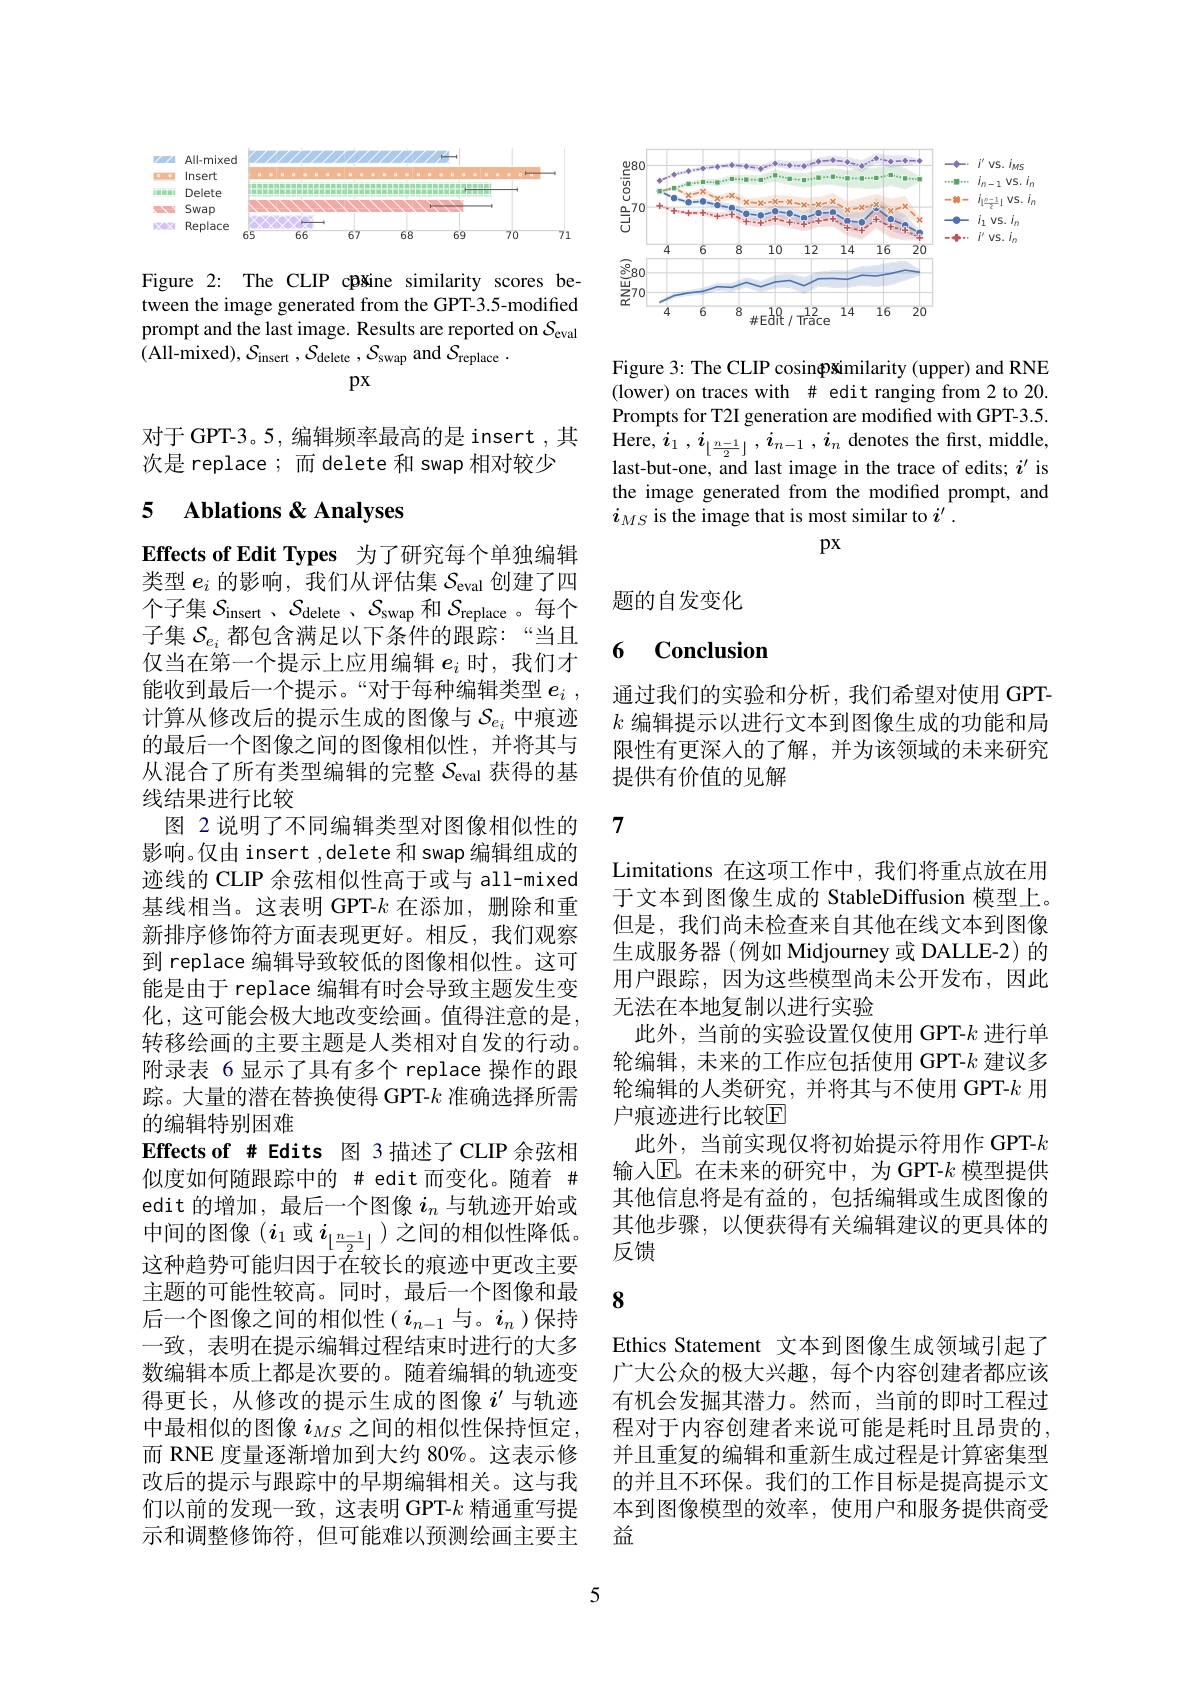
<FigureHere>

Figure 2: The CLIP cpšine similarity scores between the image generated from the GPT-3.5-modified prompt and the last image. Results are reported on $\mathcal{S}_\mathrm{eval}$ (All-mixed),$S_\mathrm{insert},S_\mathrm{delete},\mathcal{S}_\mathrm{swap}$ and $S_\mathrm{replace}.$
$px$

对于 GPT-3。5, 编辑频率最高的是 insert ,其
次是 replace; 而 delete 和 swap 相对较少

# 5 Ablations & Analyses

Effects of Edit Types 为了研究每个单独编辑类型$e_i$的影响，我们从评估集$\mathcal{S}_\mathrm{eval}$创建了四个子集$S_\mathrm{insert}$ $, S_\mathrm{delete}$ $, S_\mathrm{swap}$和$S_\mathrm{replace}$ 。每个子集$\mathcal{S}_{e_i}$都包含满足以下条件的跟踪：“当且仅当在第一个提示上应用编辑$e_i$时，我们才能收到最后一个提示。“对于每种编辑类型$e_i$ , 计算从修改后的提示生成的图像与$\mathcal{S}_{e_i}$中痕迹的最后一个图像之间的图像相似性，并将其与从混合了所有类型编辑的完整$S_\mathrm{eval}$获得的基线结果进行比较
图 2 说明了不同编辑类型对图像相似性的影响。仅由 insert , delete 和 swap 编辑组成的迹线的 CLIP 余弦相似性高于或与 all-mixed 基线相当。这表明 GPT-$k$在添加，删除和重新排序修饰符方面表现更好。相反，我们观察到 replace 编辑导致较低的图像相似性。这可能是由于 replace 编辑有时会导致主题发生变化，这可能会极大地改变绘画。值得注意的是， 转移绘画的主要主题是人类相对自发的行动。附录表 6 显示了具有多个 replace 操作的跟踪。大量的潜在替换使得 GPT-$k$准确选择所需的编辑特别困难
Effects of # Edits 图 3 描述了CLIP 余弦相似度如何随跟踪中的 # edit 而变化。随着 # edit 的增加，最后一个图像$i_{n}$与轨迹开始或中间的图像$(i_1$或$i_{\lfloor\frac{n-1}2\rfloor})$之间的相似性降低。这种趋势可能归因于在较长的痕迹中更改主要主题的可能性较高。同时，最后一个图像和最后一个图像之间的相似性($i_{n-1}$与。$i_n$)保持一致，表明在提示编辑过程结束时进行的大多数编辑本质上都是次要的。随着编辑的轨迹变得更长，从修改的提示生成的图像$i^{\prime}$与轨迹中最相似的图像$i_{MS}$之间的相似性保持恒定， 而 RNE 度量逐渐增加到大约 80%。这表示修改后的提示与跟踪中的早期编辑相关。这与我们以前的发现一致，这表明 GPT-$k$精通重写提示和调整修饰符，但可能难以预测绘画主要主

5

<FigureHere>

Figure 3: The CLIP cosin$\Phi$similarity (upper) and RNE (lower) on traces with # edit ranging from 2 to 20. Prompts for T2I generation are modified with GPT-3.5. Here, $i_{1}$ , $i_{[ \frac {n- 1}2] }$ , $i_{n- 1}$ , $i_{n}$ denotes the first, middle, last-but-one, and last image in the trace of edits; $i^\prime$ is the image generated from the modified prompt, and $i_{MS}$ is the image that is most similar to $i^\prime.$

$px$

题的自发变化

# 6 Conclusion

通过我们的实验和分析，我们希望对使用 GPT- $k$编辑提示以进行文本到图像生成的功能和局限性有更深入的了解，并为该领域的未来研究提供有价值的见解

7

Limitations 在这项工作中，我们将重点放在用于文本到图像生成的 StableDiffusion 模型上。但是，我们尚未检查来自其他在线文本到图像生成服务器(例如 Midjourney 或 DALLE-2)的用户跟踪，因为这些模型尚未公开发布，因此无法在本地复制以进行实验
此外，当前的实验设置仅使用 GPT-$k$进行单轮编辑，未来的工作应包括使用 GPT-$k$建议多轮编辑的人类研究，并将其与不使用 GPT-$k$用户痕迹进行比较$\mathbb{E}$
此外，当前实现仅将初始提示符用作 GPT-$k$ 输入$\mathbb{E}$。在未来的研究中，为 GPT-$k$ 模型提供其他信息将是有益的，包括编辑或生成图像的其他步骤，以便获得有关编辑建议的更具体的反馈

8

Ethics Statement 文本到图像生成领域引起了广大公众的极大兴趣，每个内容创建者都应该有机会发掘其潜力。然而，当前的即时工程过程对于内容创建者来说可能是耗时且昂贵的， 并且重复的编辑和重新生成过程是计算密集型的并且不环保。我们的工作目标是提高提示文本到图像模型的效率，使用户和服务提供商受益